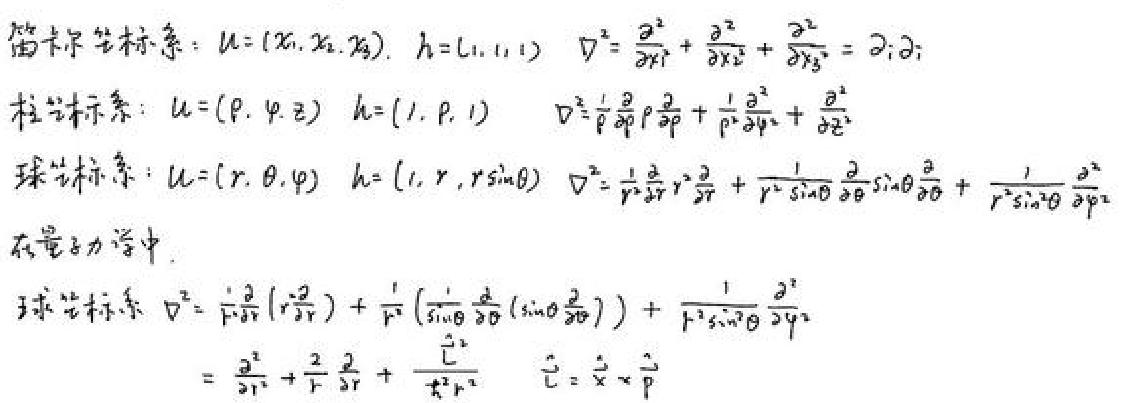
笛卡尔坐标系：$u=(x_1,x_2,x_3)$，$h=(1,1,1)$，$\nabla^2=\frac{\partial^2}{\partial x_1^2}+\frac{\partial^2}{\partial x_2^2}+\frac{\partial^2}{\partial x_3^2}=\partial_i\partial_i$
柱坐标系：$u = (\rho,\varphi,z)$，$h=(1,\rho,1)$，$\nabla^2=\frac{1}{\rho}\frac{\partial}{\partial\rho}\rho\frac{\partial}{\partial\rho}+\frac{1}{\rho^2}\frac{\partial^2}{\partial\varphi^2}+\frac{\partial^2}{\partial z^2}$
球坐标系：$u=(r,\theta,\varphi)$，$h=(1,r,r\sin\theta)$，$\nabla^2=\frac{1}{r^2}\frac{\partial}{\partial r}r^2\frac{\partial}{\partial r}+\frac{1}{r^2\sin\theta}\frac{\partial}{\partial\theta}\sin\theta\frac{\partial}{\partial\theta}+\frac{1}{r^2\sin^2\theta}\frac{\partial^2}{\partial\varphi^2}$
在量子力学中，
球坐标系 $\nabla^2=\frac{1}{r^2}\frac{\partial}{\partial r}(r^2\frac{\partial}{\partial r})+\frac{1}{r^2}(\frac{1}{\sin\theta}\frac{\partial}{\partial\theta}(\sin\theta\frac{\partial}{\partial\theta}))+\frac{1}{r^2\sin^2\theta}\frac{\partial^2}{\partial\varphi^2}$
$=\frac{\partial^2}{\partial r^2}+\frac{2}{r}\frac{\partial}{\partial r}+\frac{\hat{L}^2}{\hbar^2r^2}$，$\hat{L}=\hat{x}\times\hat{p}$